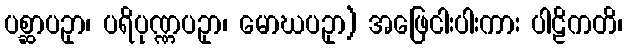
ပစ္ဆာပဥှာ၊ ပရိပုဏ္ဏပဥှာ၊ မောဃပဥှာ) အဖြေငါးပါးကား ပါဠိကတိ၊